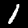
Digit: 1